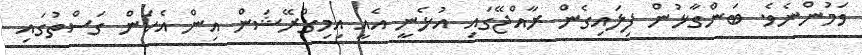
ވަމުންނެވެ. ބަންގާޅުން ފިލައިގެން ރާއްޖޭގައި އުޅެނީ އެއީ އިމިގްރޭޝަން އިން އެކަން ގަސްތުގައި